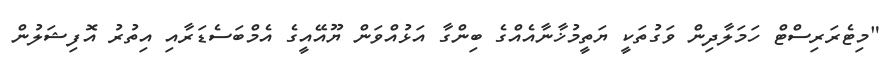
"މިޓެރަރިސްޓް ހަމަލާދިން ވަގުތަކީ ޔަތީމުޚާނާއެއްގެ ބިންގާ އަޅުއްވަން ޔޫއޭއީގެ އެމްބަސެޑަރާއި އިތުރު އޮފިޝަލުން